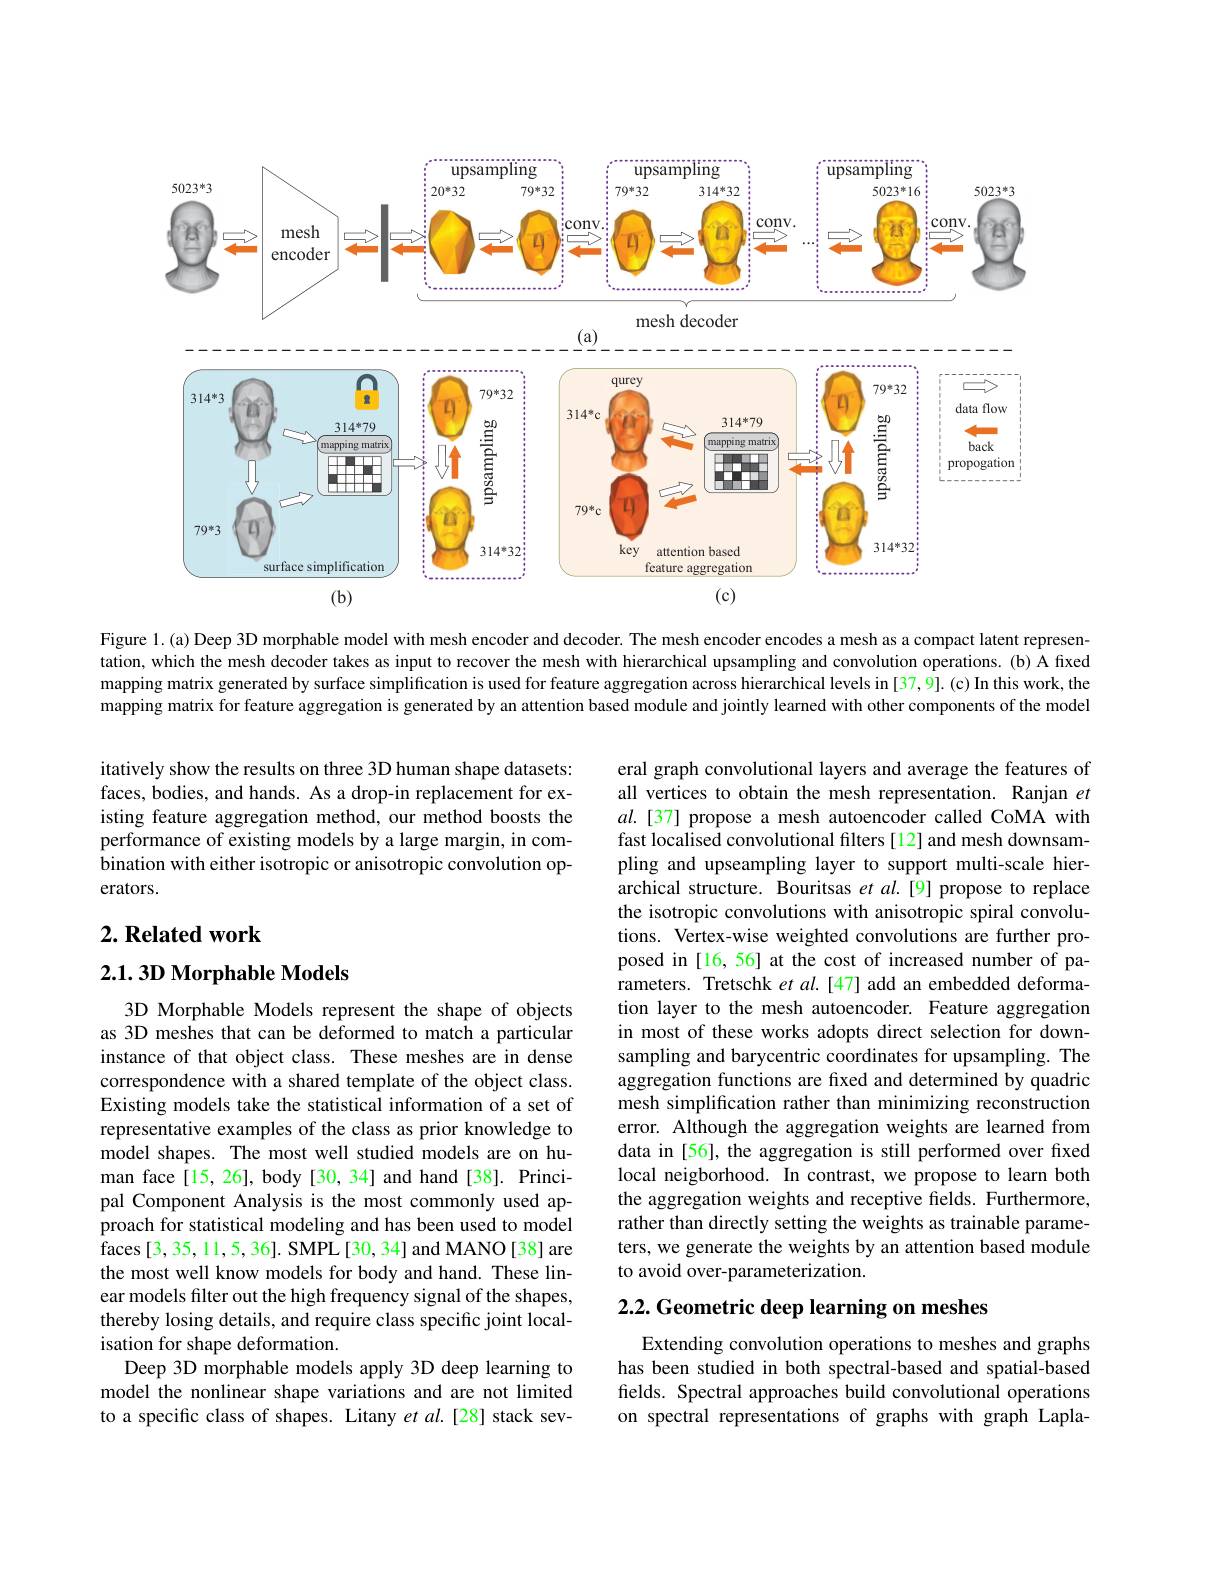
<FigureHere>

Figure 1.(a) Deep 3D morphable model with mesh encoder and decoder. The mesh encoder encodes a mesh as a compact latent representation, which the mesh decoder takes as input to recover the mesh with hierarchical upsampling and convolution operations. (b) A fixed mapping matrix generated by surface simplification is used for feature aggregation across hierarchical levels in [37,9]. (c) In this work, the mapping matrix for feature aggregation is generated by an attention based module and jointly learned with other components of the model

itatively show the results on three 3D human shape datasets: faces, bodies, and hands. As a drop-in replacement for existing feature aggregation method, our method boosts the performance of existing models by a large margin, in combination with either isotropic or anisotropic convolution operators.

## $2. \textbf{Related work}$

2.1.3D Morphable Models

eral graph convolutional layers and average the features of all vertices to obtain the mesh representation. Ranjan $et$ $al.[37]$ propose a mesh autoencoder called CoMA with fast localised convolutional filters [12] and mesh downsampling and upseampling layer to support multi-scale hierarchical structure. Bouritsas et al.[9] propose to replace the isotropic convolutions with anisotropic spiral convolutions. Vertex-wise weighted convolutions are further proposed in [16,56] at the cost of increased number of parameters. Tretschk $etal.[47]$ add an embedded deformation layer to the mesh autoencoder. Feature aggregation in most of these works adopts direct selection for downsampling and barycentric coordinates for upsampling. The aggregation functions are fixed and determined by quadric mesh simplification rather than minimizing reconstruction error. Although the aggregation weights are learned from data in [56], the aggregation is still performed over fxed local neigborhood. In contrast, we propose to learn both the aggregation weights and receptive fields. Furthermore, rather than directly setting the weights as trainable parameters, we generate the weights by an attention based module to avoid over-parameterization.

3D Morphable Models represent the shape of objects as 3D meshes that can be deformed to match a particular instance of that object class. These meshes are in dense correspondence with a shared template of the object class. Existing models take the statistical information of a set of representative examples of the class as prior knowledge to model shapes. The most well studied models are on human face[15,26], body[30,34] and hand[38]. Principal Component Analysis is the most commonly used ap- $\hat{\text{proach for statistical modeling and has been used to model}}$ faces [3,35,11,5,36]. SMPL[30,34] and MANO[38] are the most well know models for body and hand. These linear models filter out the high frequency signal of the shapes, thereby losing details, and require class specific joint localisation for shape deformation.
Deep 3D morphable models apply 3D deep learning to model the nonlinear shape variations and are not limited to a specific class of shapes. Litany et al.[28] stack sev-

# 2.2. Geometric deep learning on meshes

Extending convolution operations to meshes and graphs has been studied in both spectral-based and spatial-based fields. Spectral approaches build convolutional operations on spectral representations of graphs with graph Lapla-